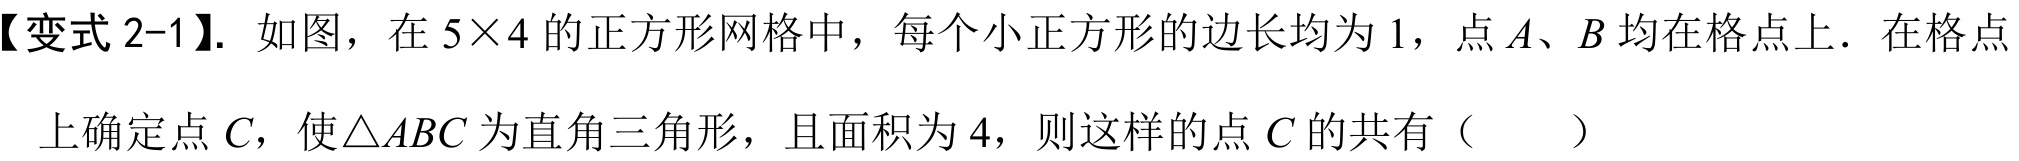
【变式 2-1】. 如图，在 \(5\times4\) 的正方形网格中，每个小正方形的边长均为 1，点 \(A、B\) 均在格点上．在格点
上确定点 \(C\)，使\(\triangle ABC\) 为直角三角形，且面积为 4，则这样的点 \(C\) 的共有（  ）